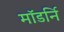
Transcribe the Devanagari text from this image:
मॉडर्नि